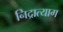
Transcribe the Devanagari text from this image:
निद्रात्याग